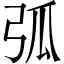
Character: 弧